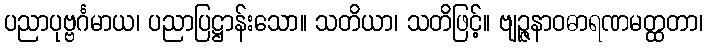
ပညာပုဗ္ဗင်္ဂမာယ၊ ပညာပြဋ္ဌာန်းသော။ သတိယာ၊ သတိဖြင့်။ ဗျဉ္ဇနာဝဓာရဏမတ္ထတာ၊